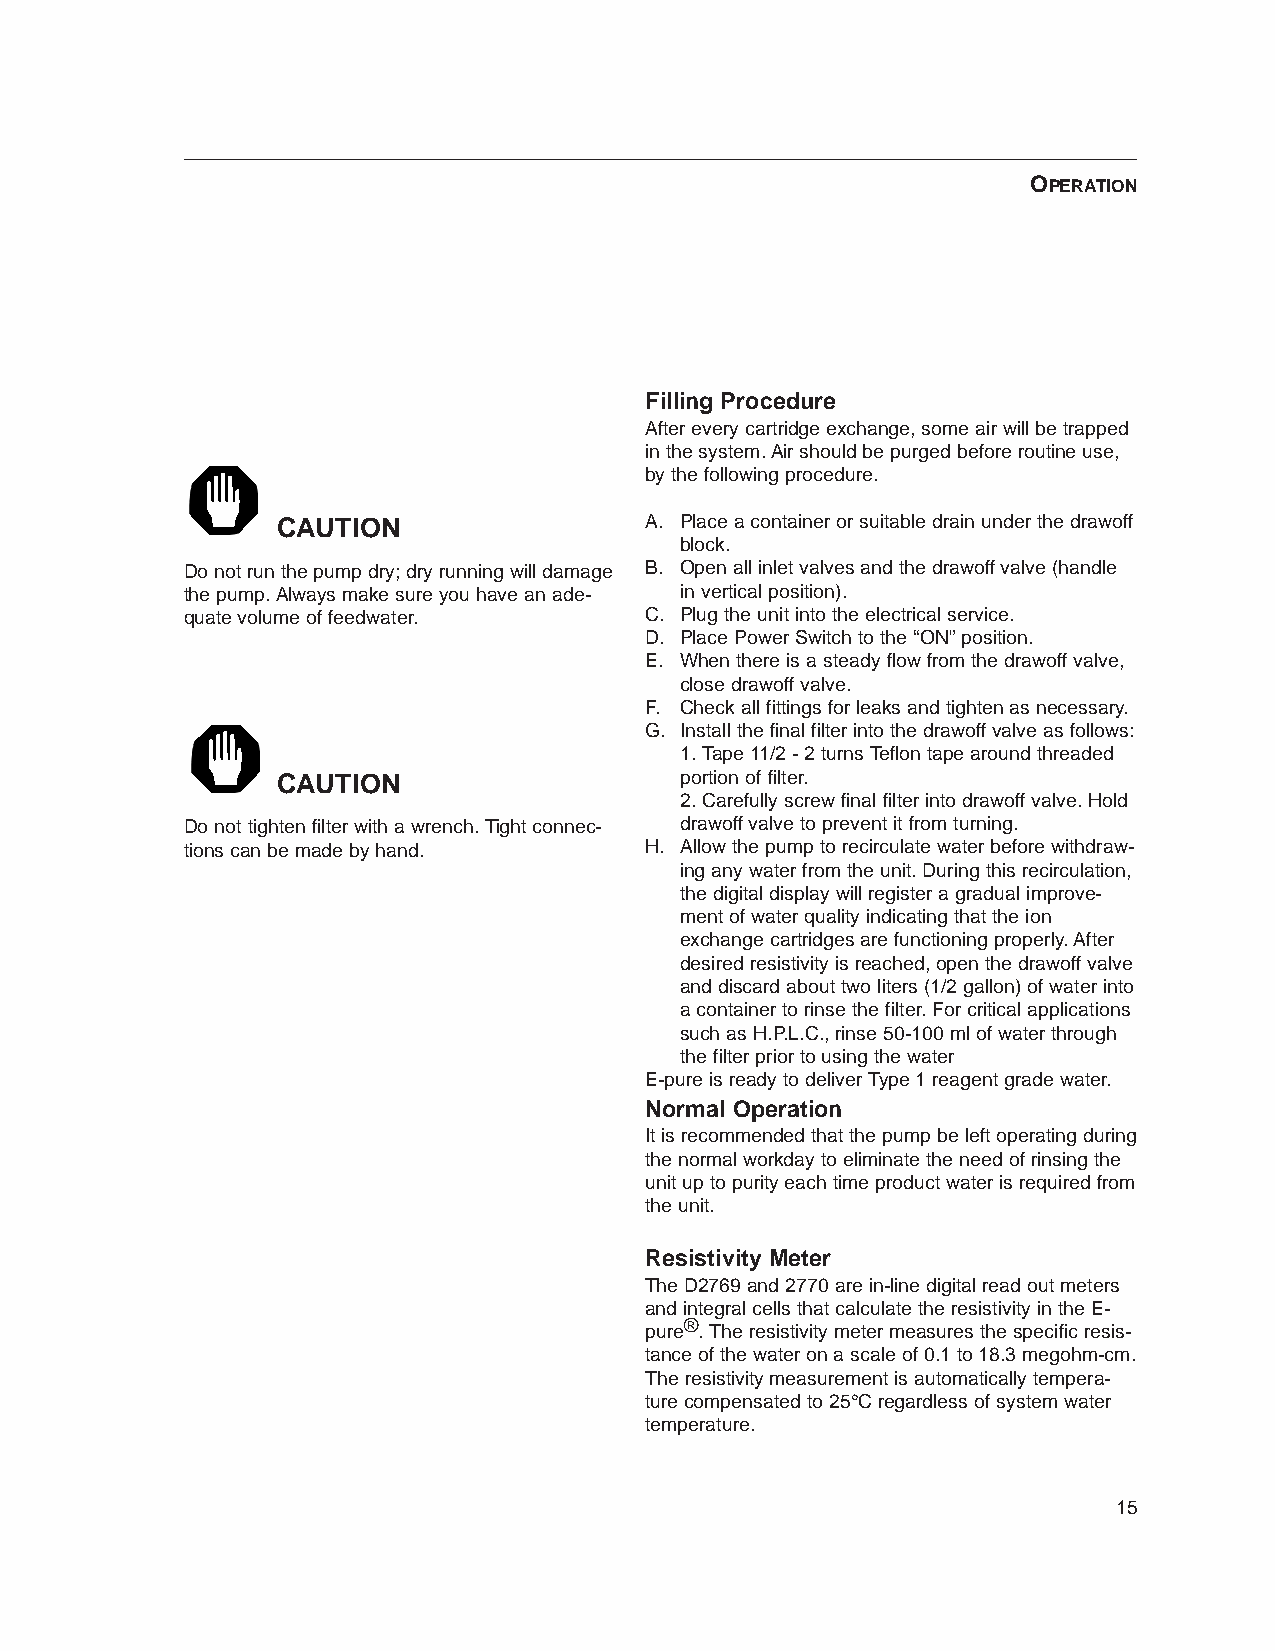
OPERATION
 Filling Procedure
 After every cartridge exchange, some air will be trapped
 in the system. Air should be purged before routine use,
 by the following procedure.
 CAUTION                  A. Place a container or suitable drain under the drawoff
 block.
 Do not run the pump dry; dry running will damage B. Open all inlet valves and the drawoff valve (handle
 the pump. Always make sure you have an ade- in vertical position).
 quate volume of feedwater.     C. Plug the unit into the electrical service.
 D. Place Power Switch to the “ON” position.
 E. When there is a steady flow from the drawoff valve,
 close drawoff valve.
 F. Check all fittings for leaks and tighten as necessary.
 G. Install the final filter into the drawoff valve as follows:
 1. Tape 11/2 - 2 turns Teflon tape around threaded
 CAUTION                    portion of filter.
 2. Carefully screw final filter into drawoff valve. Hold
 Do not tighten filter with a wrench. Tight connec- drawoff valve to prevent it from turning.
 tions can be made by hand.     H. Allow the pump to recirculate water before withdraw-
 ing any water from the unit. During this recirculation,
 the digital display will register a gradual improve-
 ment of water quality indicating that the ion
 exchange cartridges are functioning properly. After
 desired resistivity is reached, open the drawoff valve
 and discard about two liters (1/2 gallon) of water into
 a container to rinse the filter. For critical applications
 such as H.P.L.C., rinse 50-100 ml of water through
 the filter prior to using the water
 E-pure is ready to deliver Type 1 reagent grade water.
 Normal Operation
 It is recommended that the pump be left operating during
 the normal workday to eliminate the need of rinsing the
 unit up to purity each time product water is required from
 the unit.
 Resistivity Meter
 The D2769 and 2770 are in-line digital read out meters
 and integral cells that calculate the resistivity in the E-
 ®
 pure . The resistivity meter measures the specific resis-
 tance of the water on a scale of 0.1 to 18.3 megohm-cm.
 The resistivity measurement is automatically tempera-
 ture compensated to 25°C regardless of system water
 temperature.
 15